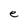
Character: e